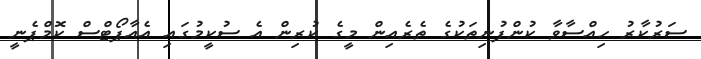
ސަރުކާރު ހިއްސާވާ ކުންފުނިތަކުގެ ތެރެއިން މީގެ ކުރިން އެ ސުކީމުގައި އެއާޕޯޓްސް ކޮމްޕެނީ